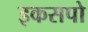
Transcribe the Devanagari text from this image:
इकसपो